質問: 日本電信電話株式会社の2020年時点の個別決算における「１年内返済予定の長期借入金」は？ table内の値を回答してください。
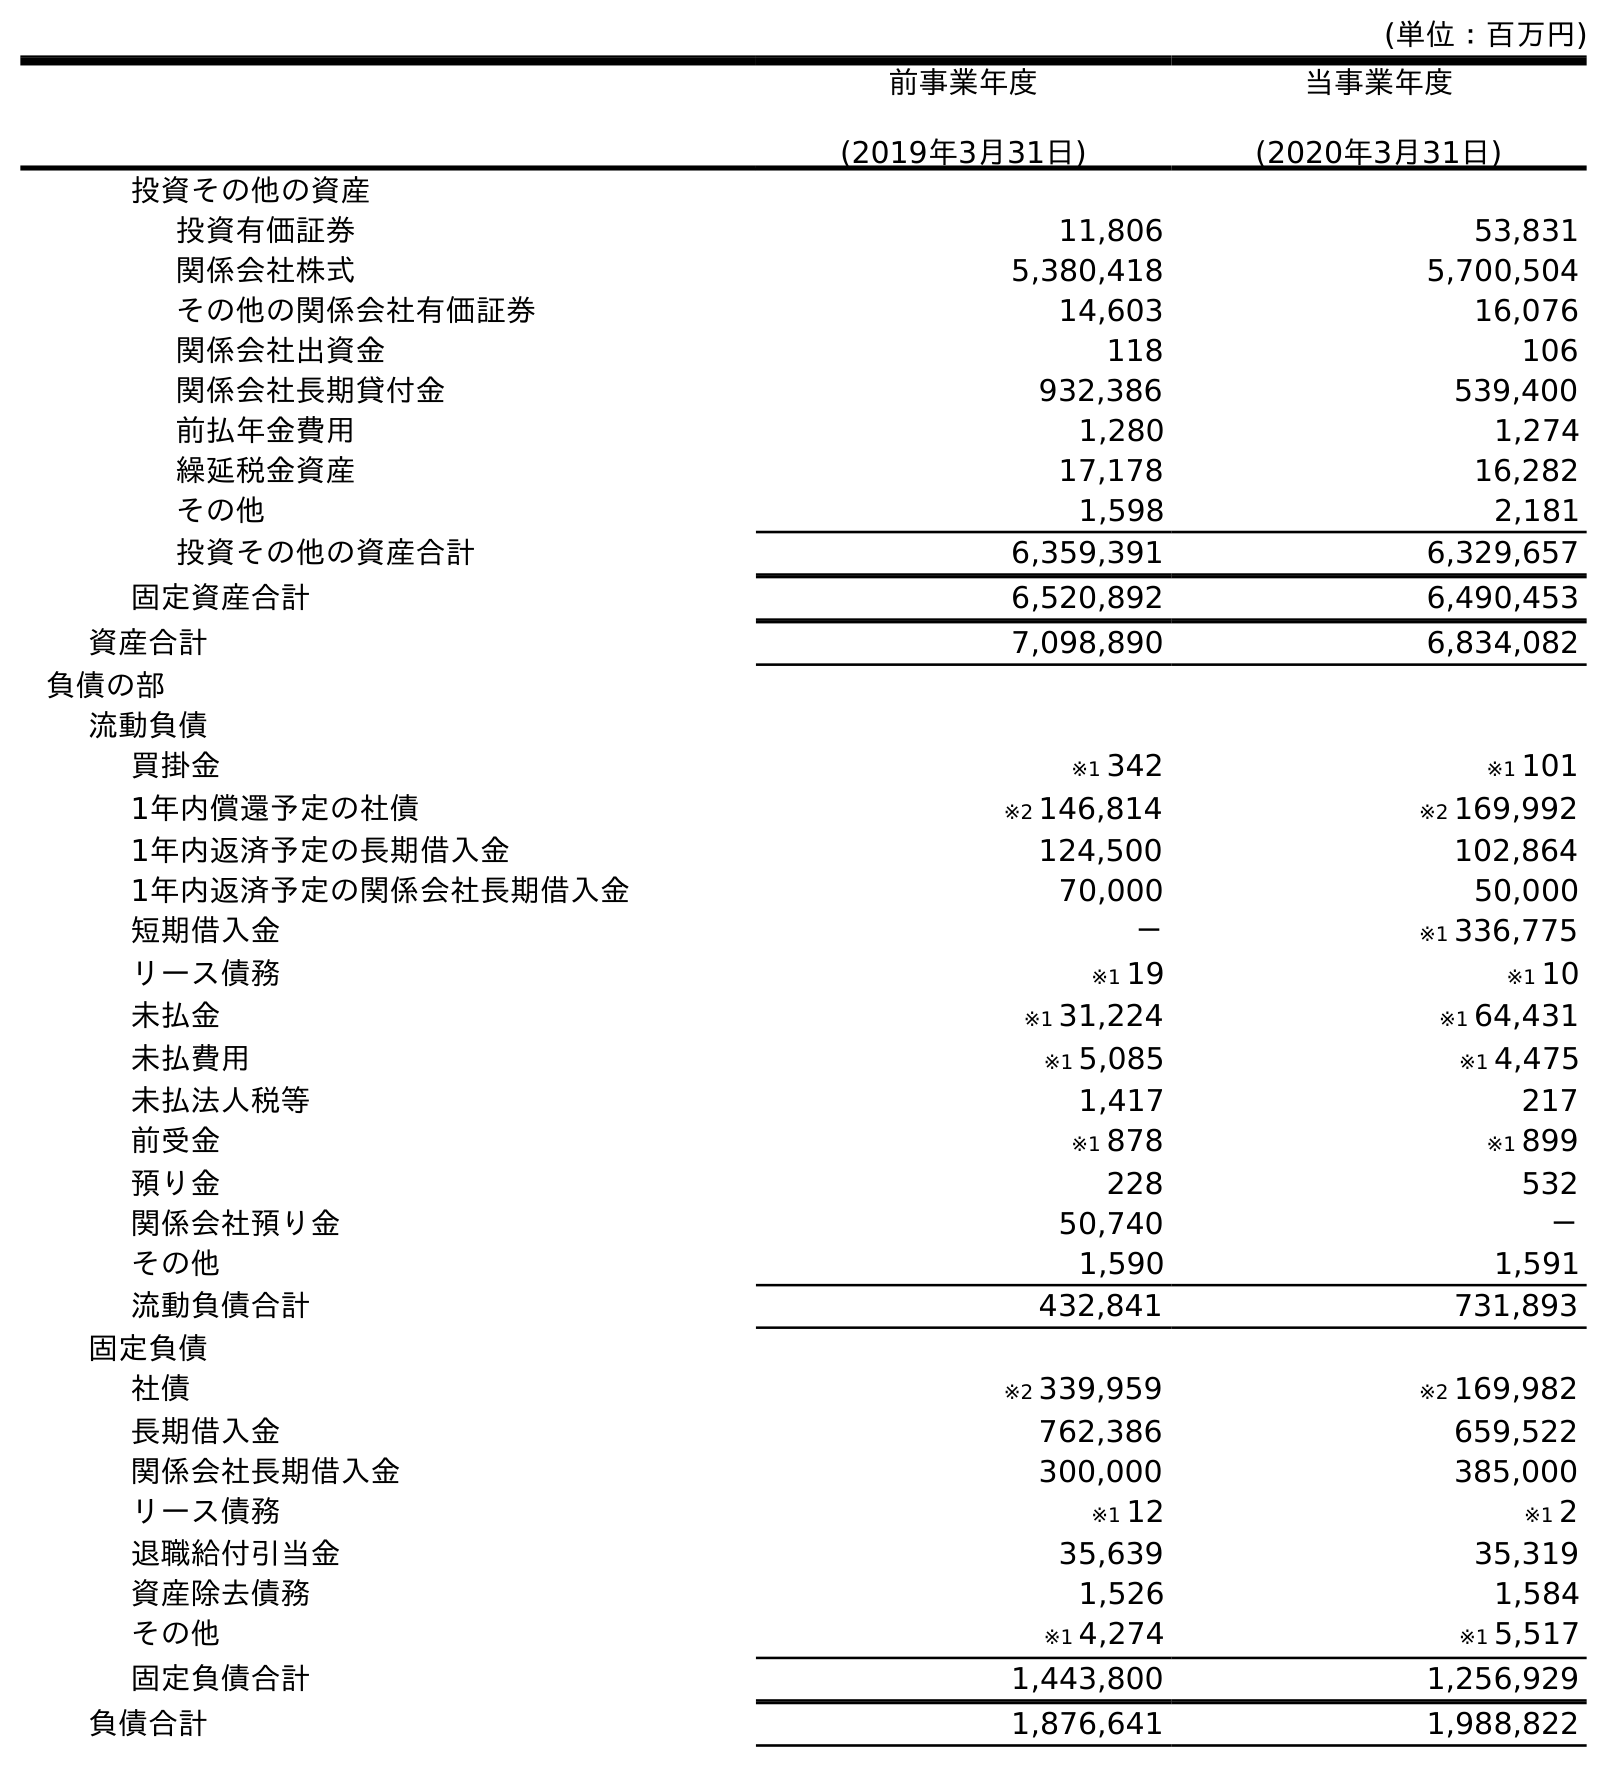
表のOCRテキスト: (単位：百万円) 前事業年度 (2019年3月31日) 当事業年度 (2020年3月31日) 投資その他の資産 投資有価証券 11,806 53,831 関係会社株式 5,380,418 5,700,504 その他の関係会社有価証券 14,603 16,076 関係会社出資金 118 106 関係会社長期貸付金 932,386 539,400 前払年金費用 1,280 1,274 繰延税金資産 17,178 16,282 その他 1,598 2,181 投資その他の資産合計 6,359,391 6,329,657 固定資産合計 6,520,892 6,490,453 資産合計 7,098,890 6,834,082 負債の部 流動負債 買掛金 ※1 342 ※1 101 1年内償還予定の社債 ※2 146,814 ※2 169,992 1年内返済予定の長期借入金 124,500 102,864 1年内返済予定の関係会社長期借入金 70,000 50,000 短期借入金 － ※1 336,775 リース債務 ※1 19 ※1 10 未払金 ※1 31,224 ※1 64,431 未払費用 ※1 5,085 ※1 4,475 未払法人税等 1,417 217 前受金 ※1 878 ※1 899 預り金 228 532 関係会社預り金 50,740 － その他 1,590 1,591 流動負債合計 432,841 731,893 固定負債 社債 ※2 339,959 ※2 169,982 長期借入金 762,386 659,522 関係会社長期借入金 300,000 385,000 リース債務 ※1 12 ※1 2 退職給付引当金 35,639 35,319 資産除去債務 1,526 1,584 その他 ※1 4,274 ※1 5,517 固定負債合計 1,443,800 1,256,929 負債合計 1,876,641 1,988,822
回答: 102,864